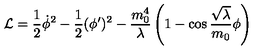
{ \cal L } = \frac { 1 } { 2 } \dot { \phi } ^ { 2 } - \frac { 1 } { 2 } ( \phi ^ { \prime } ) ^ { 2 } - \frac { m _ { 0 } ^ { 4 } } { \lambda } \left( 1 - \cos \frac { \sqrt { \lambda } } { m _ { 0 } } \phi \right)